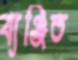
ব্যঞ্জিত